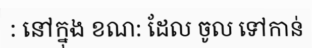
: នៅក្នុង ខណ: ដែល ចូល ទៅកាន់